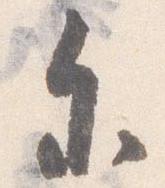
参